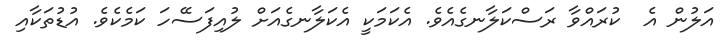
އަލުން އެ  ކުރައްވާ ރަސްކަލާނގެއެވެ. އެކަމަކީ އެކަލާނގެއަށް ލުއިފަސޭހަ ކަމެކެވެ. އުޑުތަކާއި